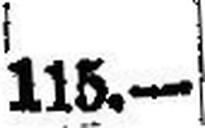
115.—